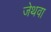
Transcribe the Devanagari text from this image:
जेथवा